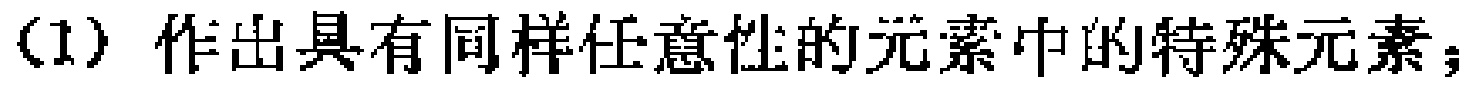
(1) 作出具有同样任意性的元素中的特殊元素；